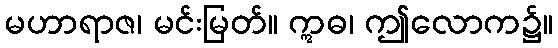
မဟာရာဇ၊ မင်းမြတ်။ ဣဓ၊ ဤလောက၌။